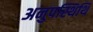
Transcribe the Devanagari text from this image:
अनुपस्थिथि